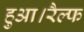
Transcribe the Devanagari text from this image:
हुआ।रैल्फ